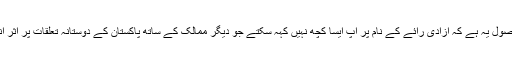
تیسرا اصول یہ ہے کہ آزادی رائے کے نام پر آپ ایسا کچھ نہیں کہہ سکتے جو دیگر ممالک کے ساتھ پاکستان کے دوستانہ تعلقات پر اثر انداز ہو۔